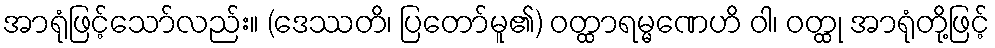
အာရုံဖြင့်သော်လည်း။ (ဒေဿတိ၊ ပြတော်မူ၏) ဝတ္ထာရမ္မဏေဟိ ဝါ၊ ဝတ္ထု အာရုံတို့ဖြင့်